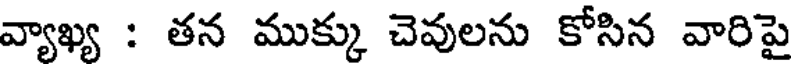
వ్యాఖ్య : తన ముక్కు చెవులను కోసిన వారిపై